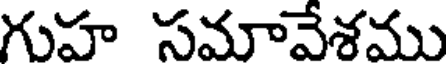
గుహ సమావేశము